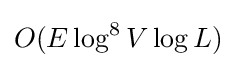
O(E\log ^{8}V\log L)